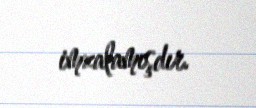
imzalamışdır.